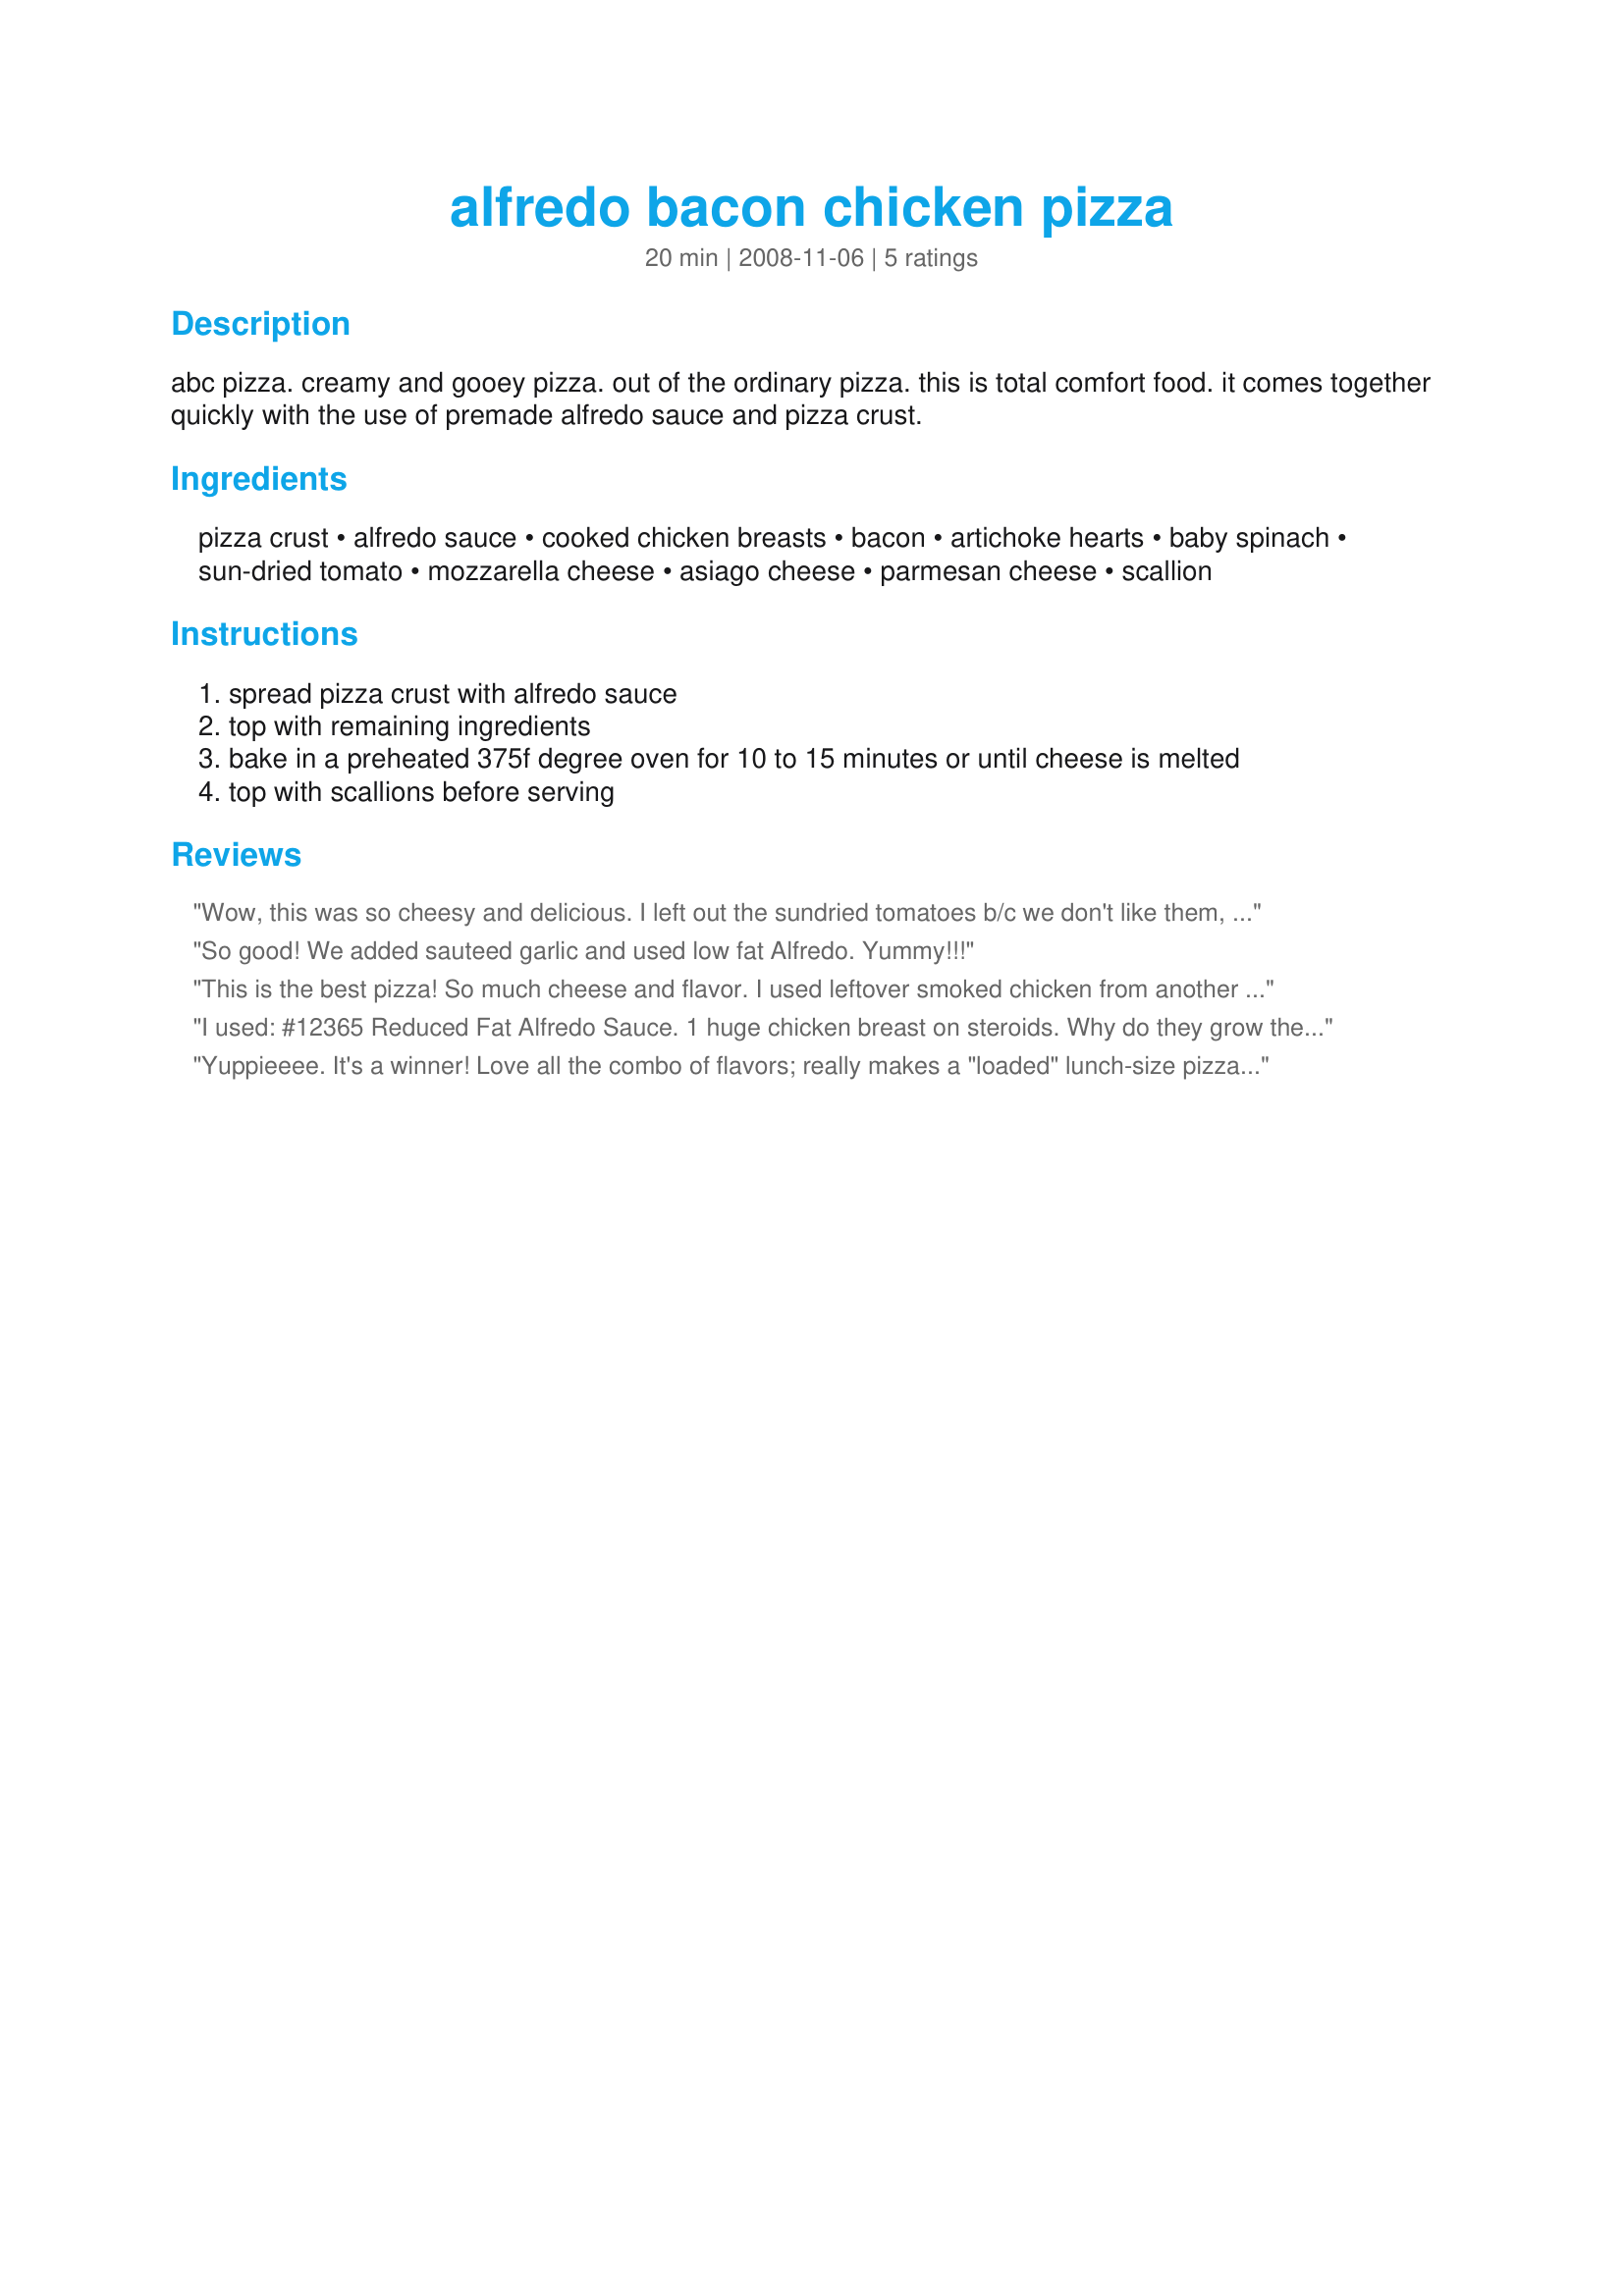
alfredo bacon chicken pizza
Preparation time: 20 minutes

abc pizza. creamy and gooey pizza. out of the ordinary pizza. this is total comfort food. it comes together quickly with the use of premade alfredo sauce and pizza crust.

Ingredients:
pizza crust, alfredo sauce, cooked chicken breasts, bacon, artichoke hearts, baby spinach, sun-dried tomato, mozzarella cheese, asiago cheese, parmesan cheese, scallion

Steps:
spread pizza crust with alfredo sauce
top with remaining ingredients
bake in a preheated 375f degree oven for 10 to 15 minutes or until cheese is melted
top with scallions before serving

Reviews:
Wow, this was so cheesy and delicious. I left out the sundried tomatoes b/c we don't like them, and the artichokes b/c I thought I had some in the pantry but didn't. But it was marvelous with the spinach, chicken, & bacon! I made my own dough - not sure if this was supposed to be a pre-baked crust. I did NOT pre-bake the crust, and baked the topped pizzas at 425 for 11 minutes. My crust recipe makes 2 small-to-medium-sized pizzas, so that's what I spread the toppings over, and it was just the right amount of everything - the sauce was spread a little thin, but that's OK because there was enough cheese to make it gooey. I think this would've been too much topping for just 1 pizza (unless it was rather large) so I'm glad I made 2. Oh, and this only served 4 for us, not 6; :) Thanks for another cheesy winner, Jess!
So good! We added sauteed garlic and used low fat Alfredo. Yummy!!!
This is the best pizza! So much cheese and flavor. I used leftover smoked chicken from another meal, and we loved the bacon on this pizza. Hubby was suprised to find out he liked sun-dried tomatoes on pizza. I can't wait to make this again. Thanks for sharing, Jess!
I used: #12365 Reduced Fat Alfredo Sauce. 1 huge chicken breast on steroids. Why do they grow them this way??? Precooked bacon pieces, about 1/3 of package. 1/4 c chopped sundried tomatoes in olive oil. This was a new taste for us & we loved it! 1 can Portobella mushrooms. 1 green bell pepper, diced & sauteed. 2 c mozzarella cheese. Forgot the parmesan cheese on top & didn't have the asiago cheese. Artichoke hearts & fresh spinach are unknown in my little corner of the world, so they were left out. Pre-baked pizza crust. The crust was a disappointment. Will make my own next time. Couldn't taste the alfredo sauce or bacon. OTOH, maybe all the flavors melded together, because it was really good. The sundried tomatoes were inspired! May make a pizza with just the sundried tomatoes!!! My daughter was thrilled to help make her first pizza, so it was worth the effort. Thanks for posting. We'll do it again sometime.
Yuppieeee. It's a winner! Love all the combo of flavors; really makes a "loaded" lunch-size pizza. I used some oven-dried tomatoes with herbs that I had frozen from last summer. Absolutely a most delicious lunch!!Thanks, Jesse.
Made for THE P--in P-A-R-T-Y EVENT.
